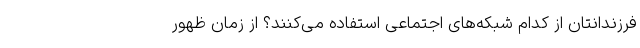
فرزندانتان از کدام شبکه‌های اجتماعی استفاده می‌کنند؟ از زمان ظهور